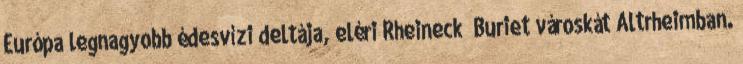
Európa legnagyobb édesvízi deltája, eléri Rheineck Buriet városkát Altrheimban.